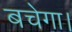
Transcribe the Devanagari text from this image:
बचेगा।